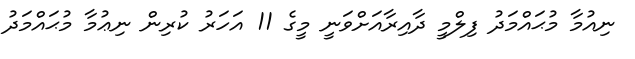
ނިއުމާ މުޙައްމަދު ފިލްމީ ދާއިރާއަށްވަނީ މީގެ 11 އަހަރު ކުރިން ނިޢުމާ މުޙައްމަދު